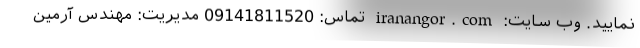
نمایید. وب سایت: iranangor.com تماس: 09141811520 مدیریت: مهندس آرمین